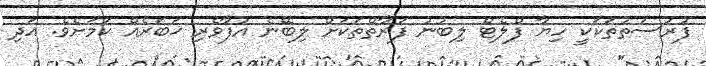
ފުރުސަތުތަކަކީ ހިޔާ ފްލެޓް ލިބުނު ފަރާތްތަކަށް ލިބޭނެ އުފާވެރި ޚަބަރެއް ކަމަށެވެ. އަދި